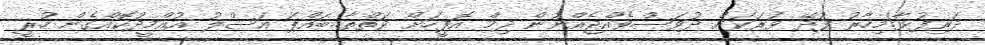
ދަރިފުޅާ!މިހާރު ފުދޭ ވަރަކަށް ދުވަސްވެއްޖެއްނުން ދިމް އޮފީހަށް ވަތްތާ..ބައްޕަ އަސްލު އުއްމީދުކޮއްގެން ހުރީ